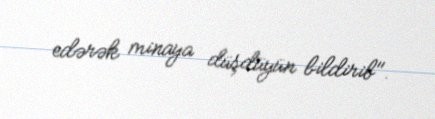
edərək minaya düşdüyün bildirib".